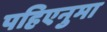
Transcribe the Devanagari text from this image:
पहिएनुमा